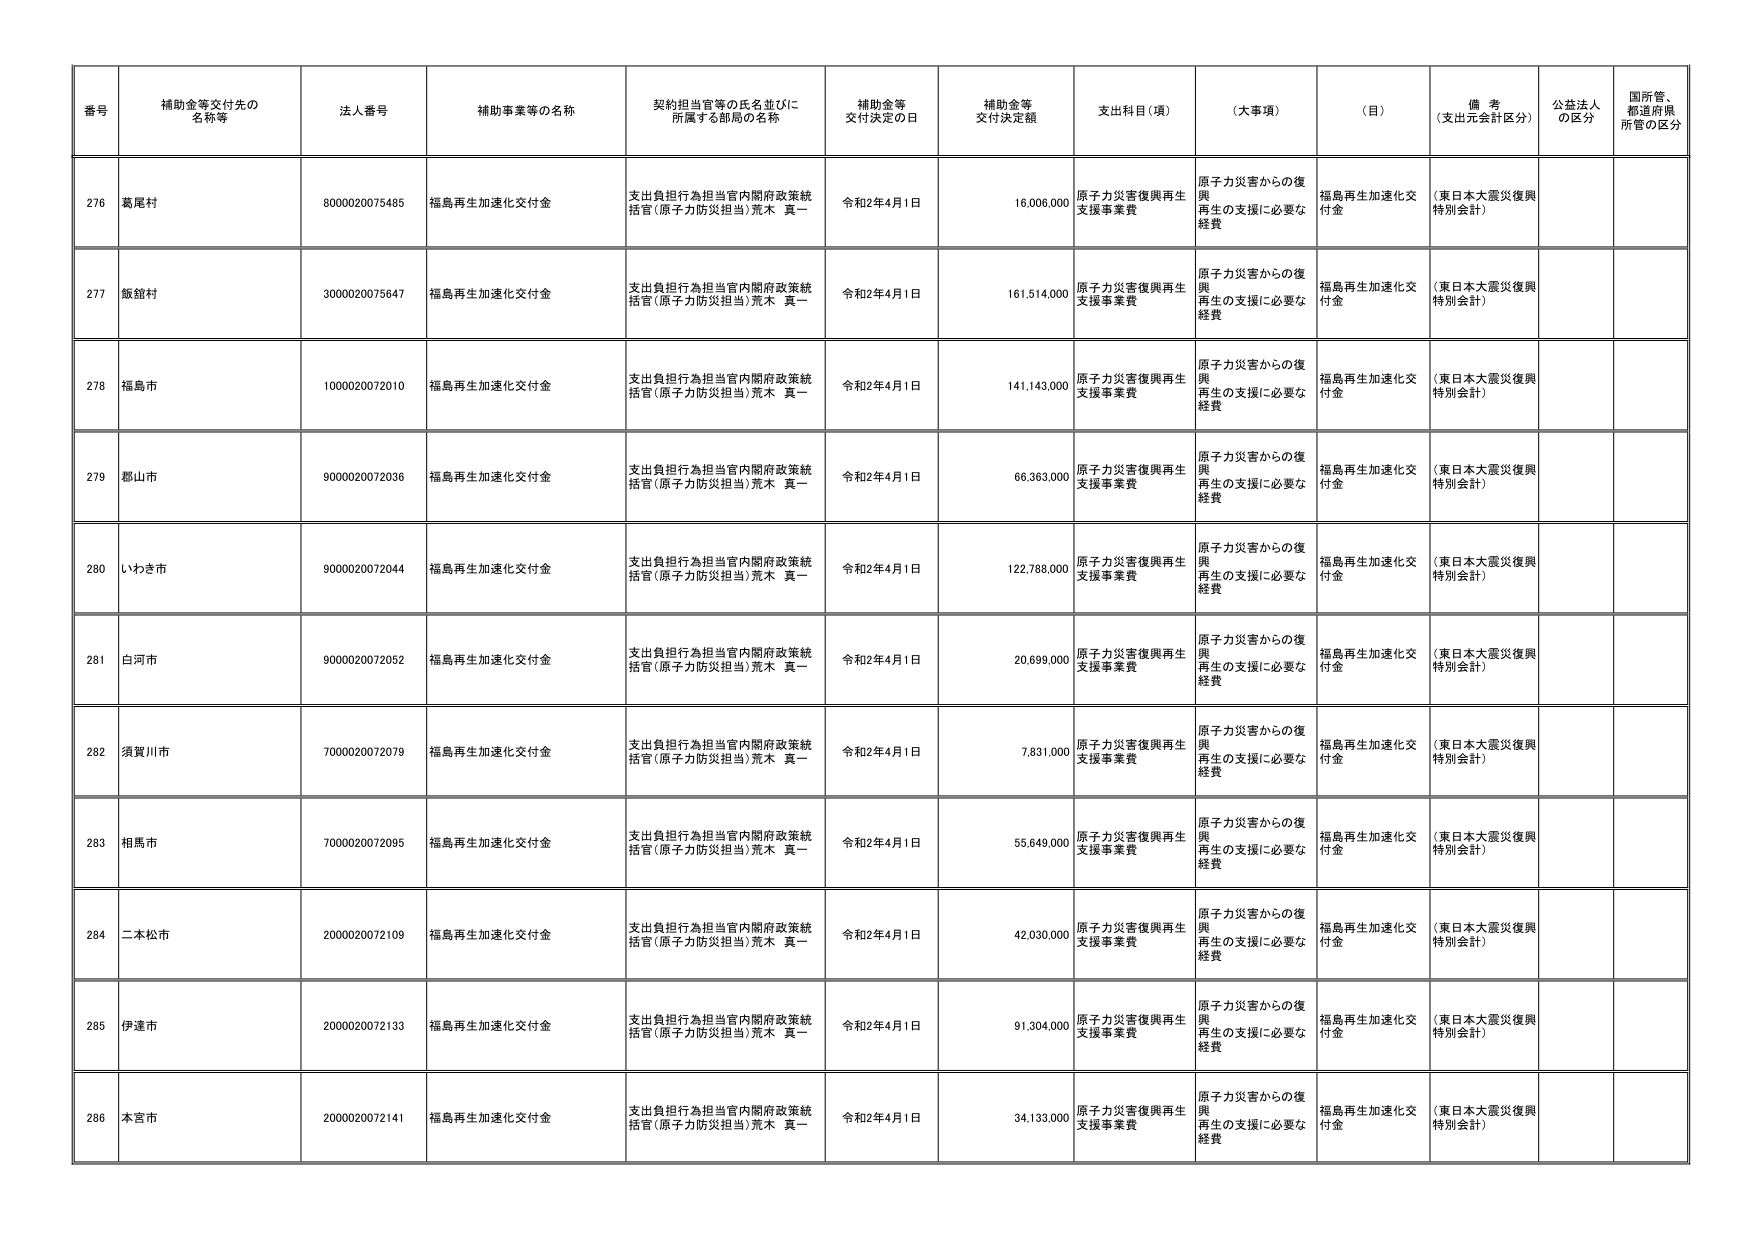
番号 補助金等交付先の名称等 法人番号 補助事業等の名称 契約担当官等の氏名並びに所属する部局の名称 補助金等交付決定の日 補助金等交付決定額 支出科目（項） （大事項） （目） 備考（支出元会計区分） 公益法人の区分 国所管、都道府県所管の区分
276 葛尾村 8000020075485 福島再生加速化交付金 支出負担行為担当官内閣府政策統括官（原子力防災担当）荒木 真一 令和2年4月1日 16,006,000 原子力災害復興再生支援事業費 原子力災害からの復興再生の支援に必要な経費 福島再生加速化交付金 （東日本大震災復興特別会計）
277 飯舘村 3000020075647 福島再生加速化交付金 支出負担行為担当官内閣府政策統括官（原子力防災担当）荒木 真一 令和2年4月1日 161,514,000 原子力災害復興再生支援事業費 原子力災害からの復興再生の支援に必要な経費 福島再生加速化交付金 （東日本大震災復興特別会計）
278 福島市 1000020072010 福島再生加速化交付金 支出負担行為担当官内閣府政策統括官（原子力防災担当）荒木 真一 令和2年4月1日 141,143,000 原子力災害復興再生支援事業費 原子力災害からの復興再生の支援に必要な経費 福島再生加速化交付金 （東日本大震災復興特別会計）
279 郡山市 9000020072036 福島再生加速化交付金 支出負担行為担当官内閣府政策統括官（原子力防災担当）荒木 真一 令和2年4月1日 66,363,000 原子力災害復興再生支援事業費 原子力災害からの復興再生の支援に必要な経費 福島再生加速化交付金 （東日本大震災復興特別会計）
280 いわき市 9000020072044 福島再生加速化交付金 支出負担行為担当官内閣府政策統括官（原子力防災担当）荒木 真一 令和2年4月1日 122,788,000 原子力災害復興再生支援事業費 原子力災害からの復興再生の支援に必要な経費 福島再生加速化交付金 （東日本大震災復興特別会計）
281 白河市 9000020072052 福島再生加速化交付金 支出負担行為担当官内閣府政策統括官（原子力防災担当）荒木 真一 令和2年4月1日 20,699,000 原子力災害復興再生支援事業費 原子力災害からの復興再生の支援に必要な経費 福島再生加速化交付金 （東日本大震災復興特別会計）
282 須賀川市 7000020072079 福島再生加速化交付金 支出負担行為担当官内閣府政策統括官（原子力防災担当）荒木 真一 令和2年4月1日 7,831,000 原子力災害復興再生支援事業費 原子力災害からの復興再生の支援に必要な経費 福島再生加速化交付金 （東日本大震災復興特別会計）
283 相馬市 7000020072095 福島再生加速化交付金 支出負担行為担当官内閣府政策統括官（原子力防災担当）荒木 真一 令和2年4月1日 55,649,000 原子力災害復興再生支援事業費 原子力災害からの復興再生の支援に必要な経費 福島再生加速化交付金 （東日本大震災復興特別会計）
284 二本松市 2000020072109 福島再生加速化交付金 支出負担行為担当官内閣府政策統括官（原子力防災担当）荒木 真一 令和2年4月1日 42,030,000 原子力災害復興再生支援事業費 原子力災害からの復興再生の支援に必要な経費 福島再生加速化交付金 （東日本大震災復興特別会計）
285 伊達市 2000020072133 福島再生加速化交付金 支出負担行為担当官内閣府政策統括官（原子力防災担当）荒木 真一 令和2年4月1日 91,304,000 原子力災害復興再生支援事業費 原子力災害からの復興再生の支援に必要な経費 福島再生加速化交付金 （東日本大震災復興特別会計）
286 本宮市 2000020072141 福島再生加速化交付金 支出負担行為担当官内閣府政策統括官（原子力防災担当）荒木 真一 令和2年4月1日 34,133,000 原子力災害復興再生支援事業費 原子力災害からの復興再生の支援に必要な経費 福島再生加速化交付金 （東日本大震災復興特別会計）